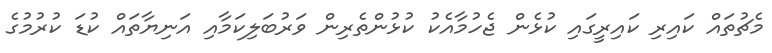
މެޗުތައް ކައިރި ކައިރީގައި ކުޅެން ޖެހުމާއެކު ކުޅުންތެރިން ވަރުބަލިކަމާއި އަނިޔާތައް ކުޑަ ކުރުމުގެ